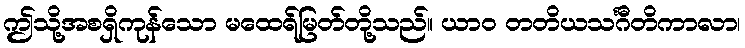
ဤသို့အစရှိကုန်သော မထေရ်မြတ်တို့သည်။ ယာဝ တတိယသင်္ဂီတိကာလာ၊